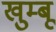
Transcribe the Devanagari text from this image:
खुम्बू